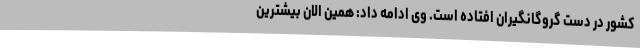
کشور در دست گروگانگیران افتاده است. وی ادامه داد: همین الان بیشترین